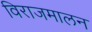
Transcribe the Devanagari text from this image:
विराजमालन